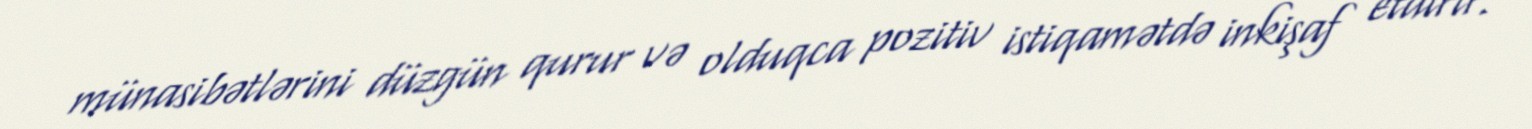
münasibətlərini düzgün qurur və olduqca pozitiv istiqamətdə inkişaf etdirir.